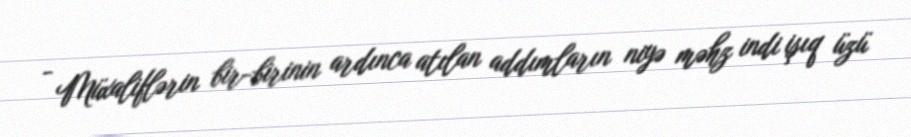
- Müxaliflərin bir-birinin ardınca atılan addımların niyə məhz indi işıq üzü